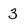
Character: 3